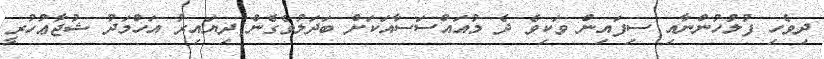
ދިވެހި ފުލުހުންނާއި ސިފައިން ވަކިވެ ދެ މުއައްސަސާއަކަށް ބަދަލުވެގެން ދިޔައިރު އަހްމަދު ޝުޖާޢުހުރީ